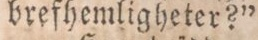
brefhemligheter?”